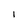
Character: I